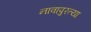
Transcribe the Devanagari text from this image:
नावापुरत्या